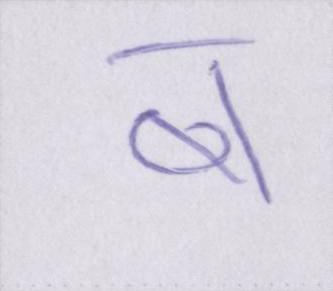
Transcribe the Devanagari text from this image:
ब